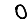
Digit: 0